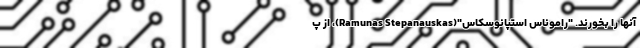
آنها را بخورند. "راموناس استپانوسکاس"(Ramunas Stepanauskas)، از پ